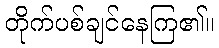
တိုက်ပစ်ချင်နေကြ၏။